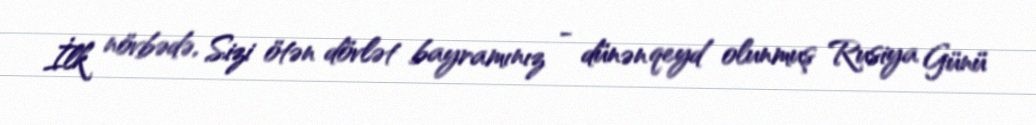
İlk növbədə, Sizi ötən dövlət bayramınız - dünən qeyd olunmuş Rusiya Günü